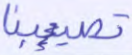
تصيبنا